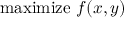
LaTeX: { \mathrm { m a x i m i z e } } \ f ( x , y )